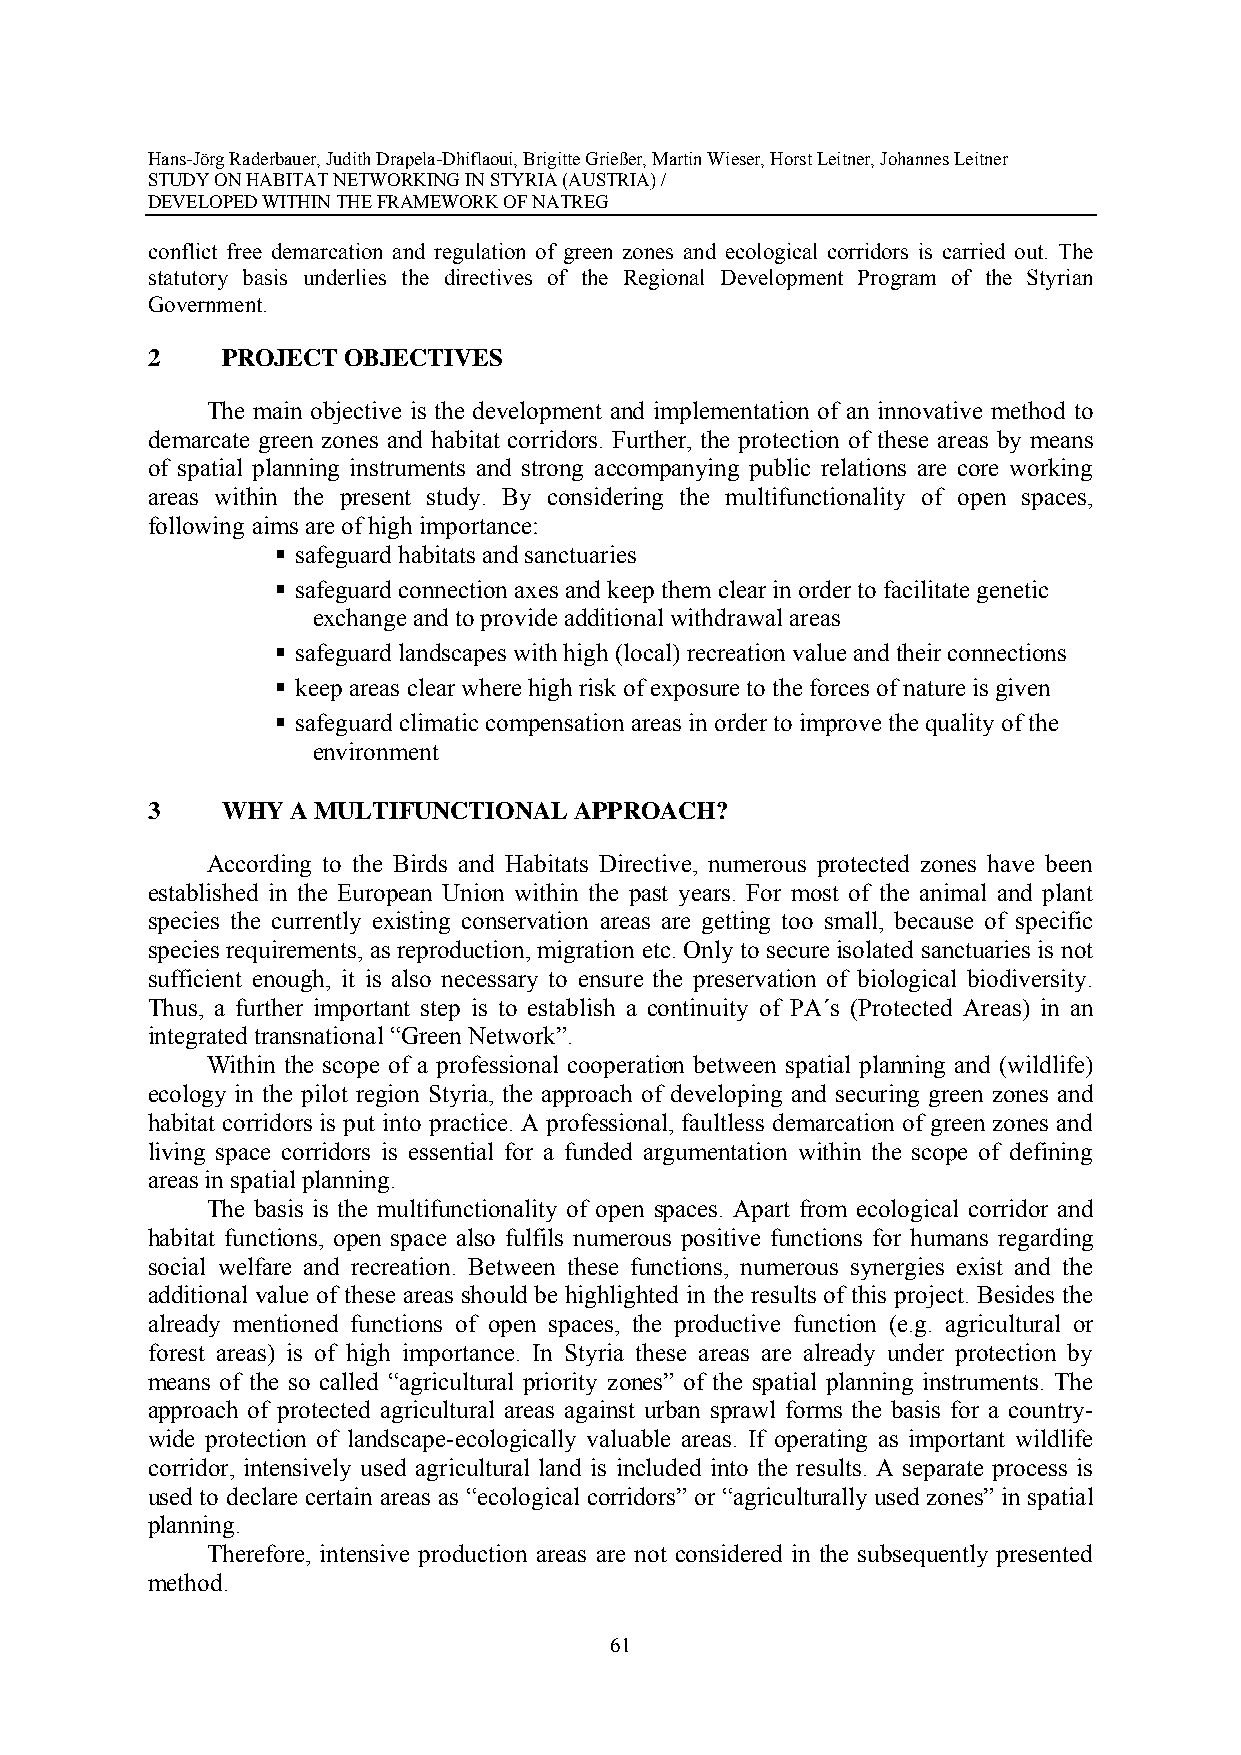
Hans-Jörg Raderbauer, Judith Drapela-Dhiflaoui, Brigitte Grießer, Martin Wieser, Horst Leitner, Johannes Leitner
 STUDY ON HABITAT NETWORKING IN STYRIA (AUSTRIA) /
 DEVELOPED WITHIN THE FRAMEWORK OF NATREG
 conflict free demarcation and regulation of green zones and ecological corridors is carried out. The
 statutory basis underlies the directives of the Regional Development Program of the Styrian
 Government.
 2    PROJECT OBJECTIVES
 The main objective is the development and implementation of an innovative method to
 demarcate green zones and habitat corridors. Further, the protection of these areas by means
 of spatial planning instruments and strong accompanying public relations are core working
 areas within the present study. By considering the multifunctionality of open spaces,
 following aims are of high importance:
  safeguard habitats and sanctuaries
  safeguard connection axes and keep them clear in order to facilitate genetic
 exchange and to provide additional withdrawal areas
  safeguard landscapes with high (local) recreation value and their connections
  keep areas clear where high risk of exposure to the forces of nature is given
  safeguard climatic compensation areas in order to improve the quality of the
 environment
 3    WHY A MULTIFUNCTIONAL  APPROACH?
 According to the Birds and Habitats Directive, numerous protected zones have been
 established in the European Union within the past years. For most of the animal and plant
 species the currently existing conservation areas are getting too small, because of specific
 species requirements, as reproduction, migration etc. Only to secure isolated sanctuaries is not
 sufficient enough, it is also necessary to ensure the preservation of biological biodiversity.
 Thus, a further important step is to establish a continuity of PA´s (Protected Areas) in an
 integrated transnational “Green Network”.
 Within the scope of a professional cooperation between spatial planning and (wildlife)
 ecology in the pilot region Styria, the approach of developing and securing green zones and
 habitat corridors is put into practice. A professional, faultless demarcation of green zones and
 living space corridors is essential for a funded argumentation within the scope of defining
 areas in spatial planning.
 The basis is the multifunctionality of open spaces. Apart from ecological corridor and
 habitat functions, open space also fulfils numerous positive functions for humans regarding
 social welfare and recreation. Between these functions, numerous synergies exist and the
 additional value of these areas should be highlighted in the results of this project. Besides the
 already mentioned functions of open spaces, the productive function (e.g. agricultural or
 forest areas) is of high importance. In Styria these areas are already under protection by
 means of the so called “agricultural priority zones” of the spatial planning instruments. The
 approach of protected agricultural areas against urban sprawl forms the basis for a country-
 wide protection of landscape-ecologically valuable areas. If operating as important wildlife
 corridor, intensively used agricultural land is included into the results. A separate process is
 used to declare certain areas as “ecological corridors” or “agriculturally used zones” in spatial
 planning.
 Therefore, intensive production areas are not considered in the subsequently presented
 method.
 61